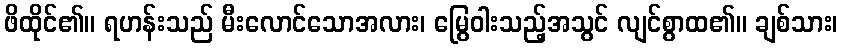
ဖိထိုင်၏။ ရဟန်းသည် မီးလောင်သောအလား၊ မြွေဝါးသည့်အသွင် လျင်စွာထ၏။ ချစ်သား၊